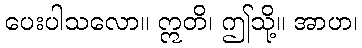
ပေးပါသလော။ ဣတိ၊ ဤသို့။ အာဟ၊